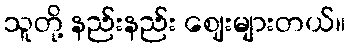
သူတို့ နည်းနည်း ဈေးများတယ်။